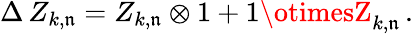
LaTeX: \Delta\, Z_{k,\mathfrak{n}}=Z_{k,\mathfrak{n}}\otimes1+1\otimesZ_{k,\mathfrak{n}}\, .